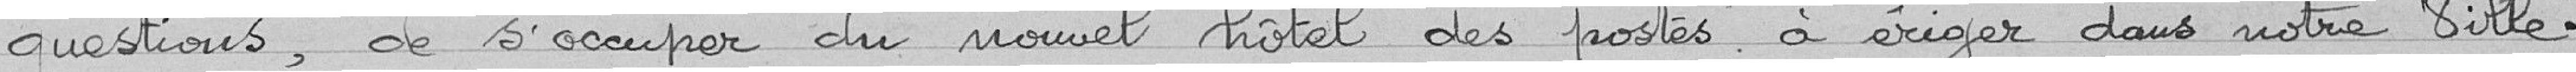
questions, de s'occuper du nouvel Hôtel des Postes à ériger dans notre Ville.